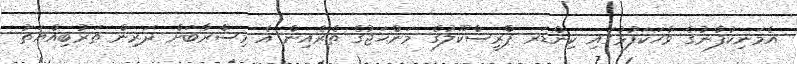
އެމަނިކުފާނުގެ ވާހަކަފުޅުގައި ކިންޑަރ ޕްރީސްކޫލުގެ މަންޙަޖުގެ ތެރެއިން އެ މިސްރާބަށް ދަރިން ތަރުބިއްޔަތު